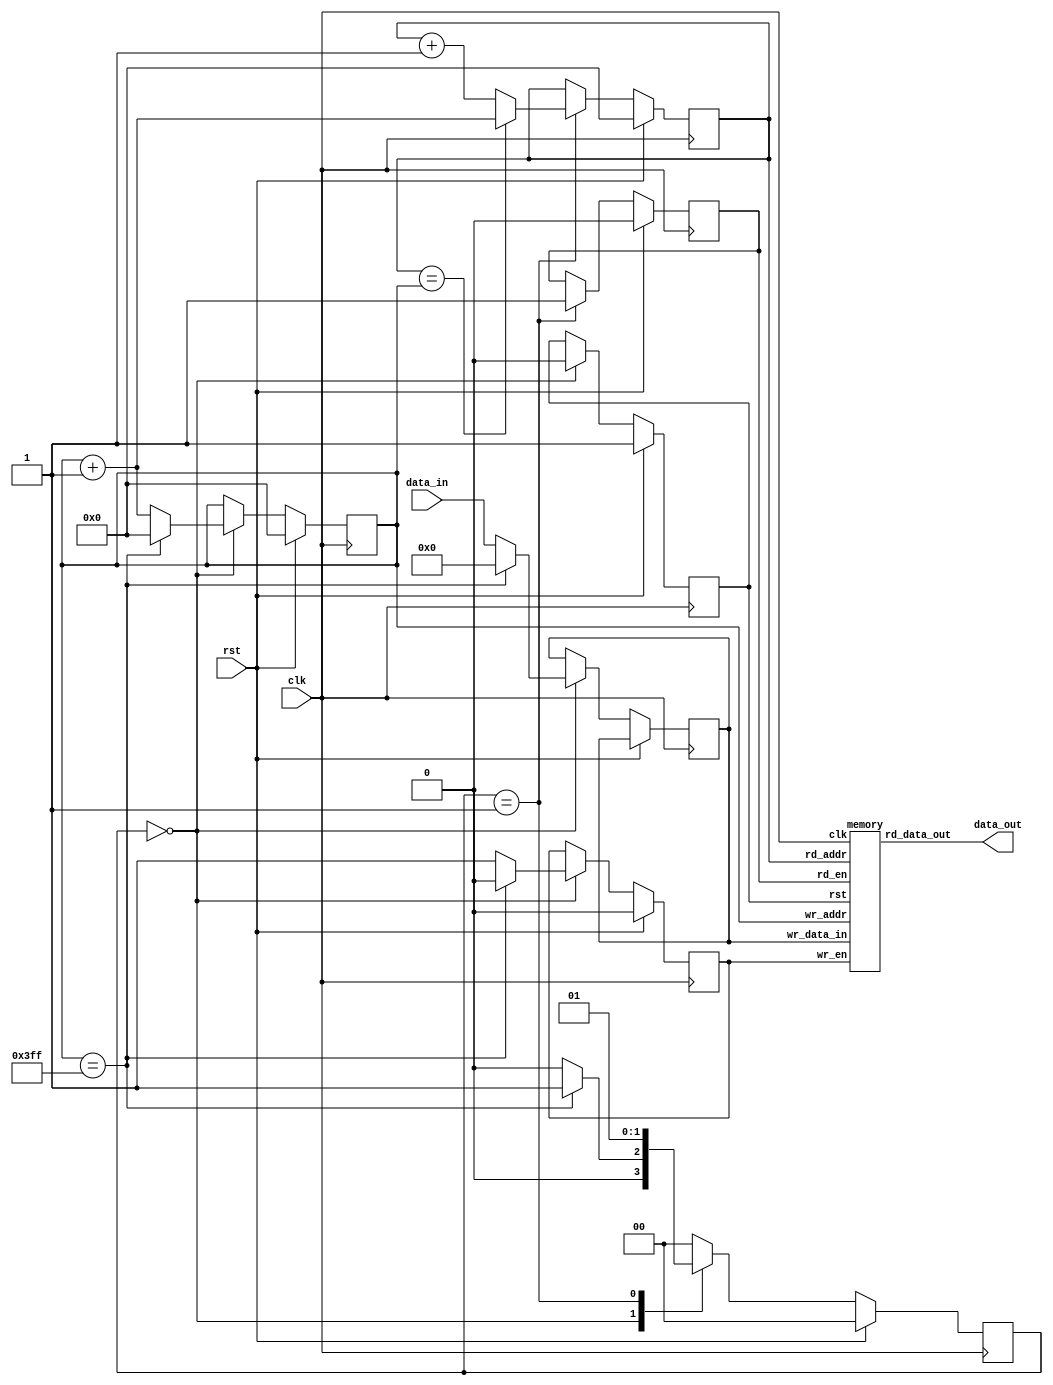
module memory_cntrl 
#(parameter WIDTH = 32,
parameter ADDR = 10,
parameter DATA = 32)
( 
input clk,
input rst,
input [WIDTH-1:0] data_in,
output [WIDTH-1:0] data_out);

localparam s0=2'b00,s1=2'b01,s2=2'b10,s3=2'b11;

reg [1:0] state;
reg reset_mem;
reg [ADDR-1:0] wr_addr;
reg [ADDR-1:0] rd_addr;
reg [DATA-1:0] wr_data_mem;
reg rd_en;
reg wr_en;

always@(posedge clk)
   begin 
      if(rst) begin 
         reset_mem<=1;
         state<=s0;
         wr_addr<=0;
         rd_addr<=0;
         wr_en<=0;
         rd_en<=0;
      end
      else 
      case(state) //synopsys full_case
         s0: 
            begin
               wr_data_mem<=0;
               reset_mem<=0;  
               if (wr_addr==10'b1111111111) begin
                  state<=s1;
                  wr_addr<=0;
                  wr_en<=0;
               end
               else
                begin 
                 state<=s0;
                 wr_addr<=wr_addr+1;
                 wr_en<=1;
                 wr_data_mem<=data_in;
               end
            end
         s1:
            begin
               rd_en<=1;
               if(rd_addr == wr_addr)
                  rd_addr<=wr_addr+1;
               else 
                  rd_addr<=rd_addr+1;
               state<=s1;
            end
         default: state<=s0;
      endcase
   end



memory mem(
.clk(clk),
.rst(reset_mem),
.wr_addr(wr_addr),
.wr_data_in(wr_data_mem),
.wr_en(wr_en),
.rd_addr(rd_addr),
.rd_en(rd_en),
.rd_data_out(data_out));
 

endmodule


module memory #(
parameter DATA = 32,
parameter ADDR = 10
)
(
input clk,
input rst,
input [ADDR-1:0] wr_addr,
input [DATA-1:0] wr_data_in,
input wr_en,

input [ADDR-1:0] rd_addr,
input rd_en,
output reg [DATA-1:0] rd_data_out);


reg [DATA-1:0] mem [(2**ADDR)-1:0];

always@(posedge clk) begin
   if(wr_en) begin
      mem[wr_addr] <= wr_data_in;
      end
   end
   
always@(posedge clk) begin
   if(rst) begin 
      rd_data_out<=0; end
   else begin
      if(rd_en) begin
         rd_data_out<=mem[rd_addr];
      end
   end
end
endmodule